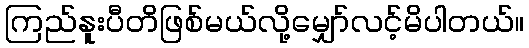
ကြည်နူးပီတိဖြစ်မယ်လို့မျှော်လင့်မိပါတယ်။